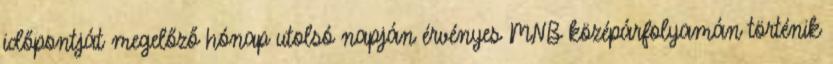
időpontját megelőző hónap utolsó napján érvényes MNB középárfolyamán történik